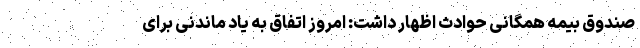
صندوق بیمه همگانی حوادث اظهار داشت: امروز اتفاق به یاد ماندنی برای